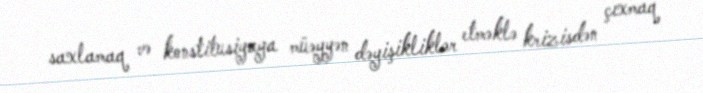
saxlamaq və konstitusiyaya müəyyən dəyişikliklər etməklə krizisdən çıxmaq